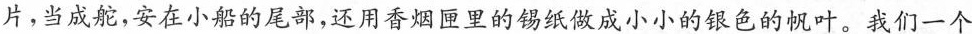
片，当成舵，安在小船的尾部，还用香烟匣里的锡纸做成小小的银色的帆叶。我们一个